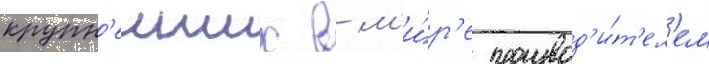
крупн'еиших в м'и́р'е производ'и́т'ел'ем